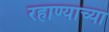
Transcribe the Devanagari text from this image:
रहाण्याच्या